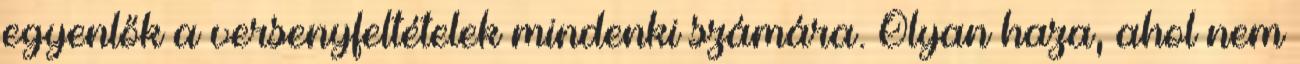
egyenlők a versenyfeltételek mindenki számára. Olyan haza, ahol nem